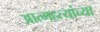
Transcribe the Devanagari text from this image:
आत्महत्यांच्या